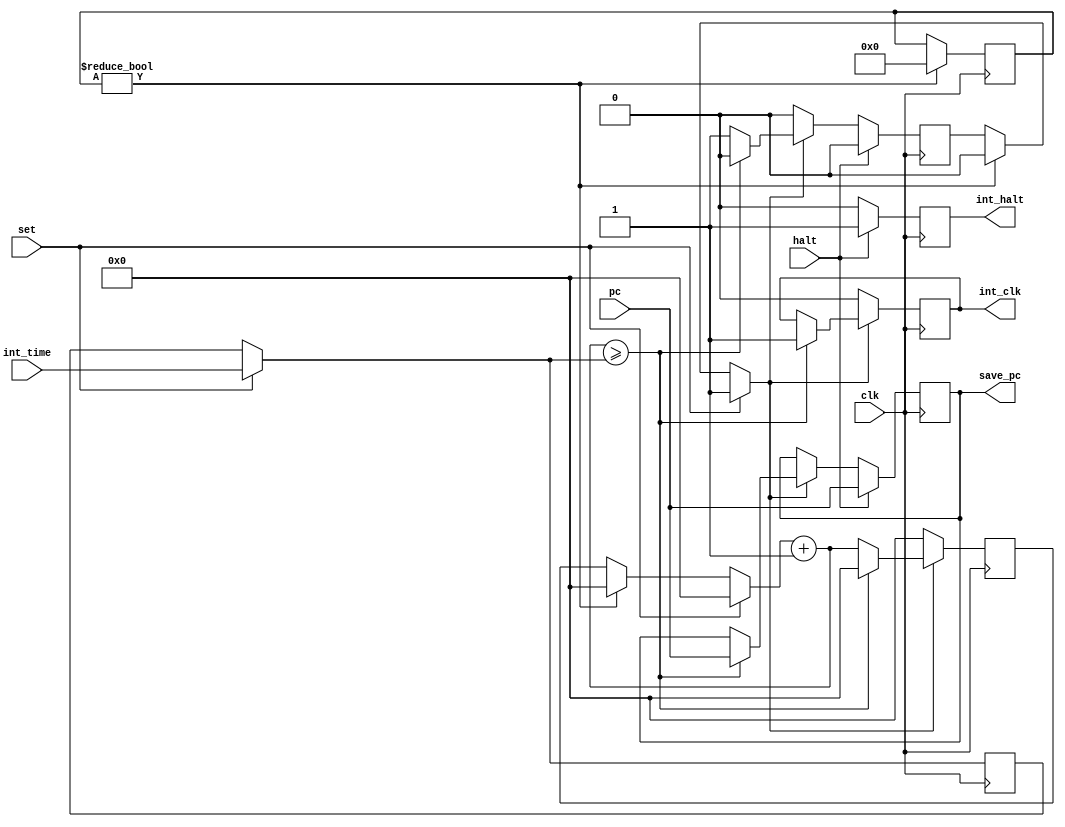
module interruption (
    input halt, // Sinal de parada do processo
    input clk, // Clock
    input set, // Sinal para setar o tempo de interrupo
    input [9:0] pc,
    input [15:0] int_time,
    output reg int_halt, // Sinal de interrupo
    output reg int_clk, // Sinal de interrupo
    output reg [9:0] save_pc
);

    reg [8:0] timer; // Timer para interrupo
    reg [15:0] reg_int_time; // Registrador para o tempo de interrupo
    reg start; // Registrador para o sinal de start
    integer contador = 1;
    
    /* Quando o comando start for ativado o sinal de interrupo ir comear 
    a contar um timer que dara a interrupo aps ## ciclos de clock */
    always @(negedge clk) begin
        if (contador) begin
            contador = 0;
            start = 0;
            timer = 9'd0;
        end
        
        if (set) begin
            timer = 9'd0;
            start = 1;
            reg_int_time = int_time;
        end

        if (start) begin
            timer = timer + 1;
            if (timer >= reg_int_time) begin
                int_clk = 1;
                save_pc = pc;
                timer = 9'd0;
                start = 0;
            end
        end
        else begin
            int_clk = 0;
            timer = 9'd0;
        end

        if (halt) begin
            int_halt = 1;
            start = 0;
            save_pc = pc;
        end
        else begin
            int_halt = 0;
        end
    end

endmodule